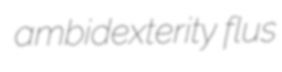
ambidexterity flus